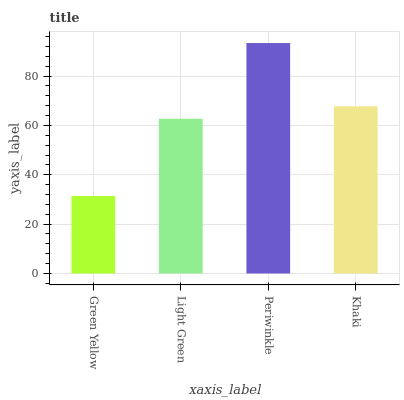
| xaxis_label | bars |
 | --- | --- |
 | Green Yellow | 31.4 |
 | Light Green | 62.7 |
 | Periwinkle | 93.4 |
 | Khaki | 67.8 |